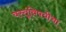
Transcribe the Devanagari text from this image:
वस्तूंविषयीचा